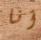
أنا